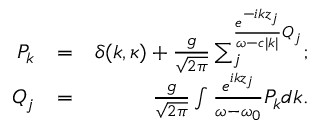
\begin{array} { r l r } { { P _ { k } } } & { = } & { \delta ( { k , { \kappa } } ) + \frac { g } { { \sqrt { 2 \pi } } } \sum _ { j } ^ { \frac { { { e ^ { - i k { z _ { j } } } } } } { { \omega - c | k | } } { Q _ { j } } } ; } \\ { { Q _ { j } } } & { = } & { \frac { g } { { \sqrt { 2 \pi } } } \int { \frac { { { e ^ { i k { z _ { j } } } } } } { { \omega - { \omega _ { 0 } } } } { P _ { k } } d k } . } \end{array}